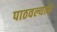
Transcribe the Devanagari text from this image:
पाठवल्याने